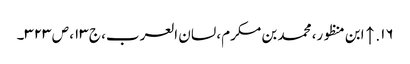
۱۶. ↑ ابن منظور، محمد بن مکرم، لسان العرب، ج ۱۳، ص ۳۲۳۔